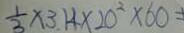
\frac { 1 } { 3 } \times 3 . 1 4 \times 2 0 ^ { 2 } \times 6 0 =